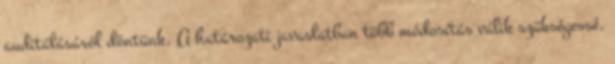
auditálásáról döntünk. A határozati javaslatban több módosítás válik szükségessé,